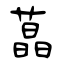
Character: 蕌